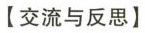
【交流与反思】